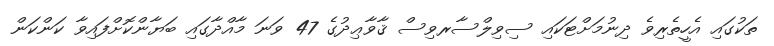
ތަކުގައި އެހީތެރިވެ ދިނުމަށްޓަކައި ސިވިލްސާރވިސް ޤާވާޢިދުގެ 47 ވަނަ މާއްދާގައި ބަޔާންކޮށްފައިވާ ކަންކަން